Scottish Leaving Certificate Examination, 1959
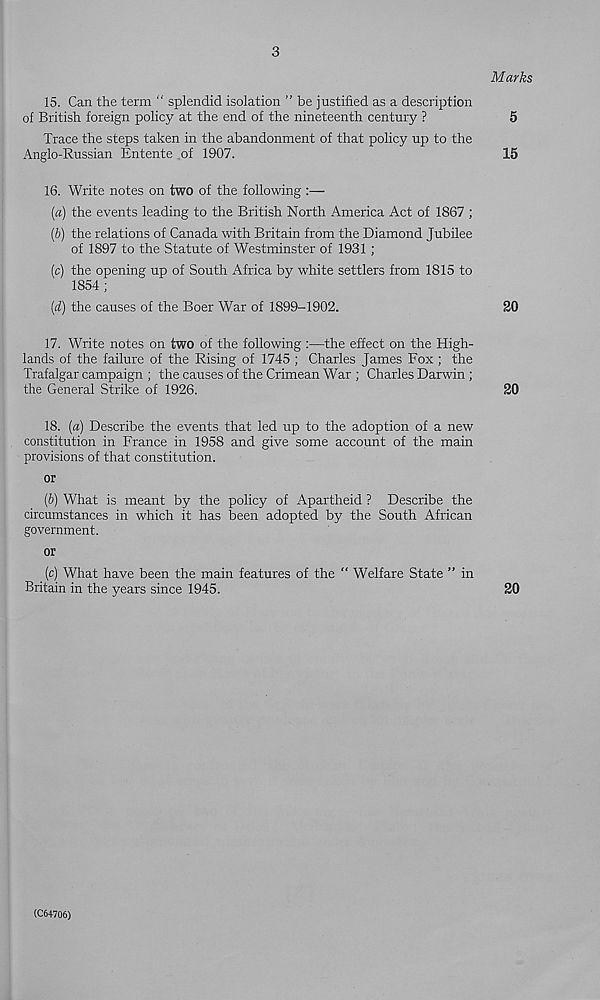
3
Marks
15. Can the term “ splendid isolation ” be justified as a description
of British foreign policy at the end of the nineteenth century ?
5
Trace the steps taken in the abandonment of that policy up to the
Anglo-Russian Entente of 1907.
15
16. Write notes on two of the following :—•
(a) the events leading to the British North America Act of 1867 ;
(&) the relations of Canada with Britain from the Diamond Jubilee
of 1897 to the Statute of Westminster of 1931 ;
(c) the opening up of South Africa by white settlers from 1815 to
1854 ;
(d) the causes of the Boer War of 1899-1902.
20
17. Write notes on two of the following :—the effect on the High-
lands of the failure of the Rising of 1745 ; Charles James Fox; the
Trafalgar campaign ; the causes of the Crimean War ; Charles Darwin ;
the General Strike of 1926.
20
18. (a) Describe the events that led up to the adoption of a new
constitution in France in 1958 and give some account of the main
provisions of that constitution.
or
ip) What is meant by the policy of Apartheid ? Describe the
circumstances in which it has been adopted by the South African
government.
or
(c) What have been the main features of the “ Welfare State ” in
Britain in the years since 1945.
20
(C64706)